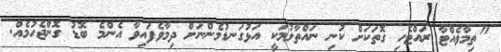
"ތިމާވެއްޓާ ރައްޓެހި ގޮތަކަށް ކުނި ނައްތާލުމަކީ އަޅުގަނޑުމެންނަށް ދިމާވެފައިވާ އެންމެ ބޮޑު ގޮންޖެހުމެއް.